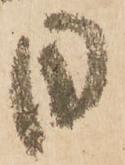
日